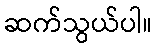
ဆက်သွယ်ပါ။